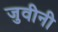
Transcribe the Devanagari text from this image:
जुवीनी